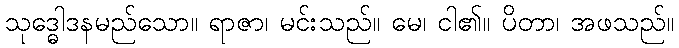
သုဒ္ဓေါဒနမည်သော။ ရာဇာ၊ မင်းသည်။ မေ၊ ငါ၏။ ပိတာ၊ အဖသည်။